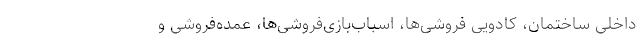
داخلی ساختمان، کادویی فروشی‌ها، اسباب‌بازی‌فروشی‌ها، عمده‌فروشی و